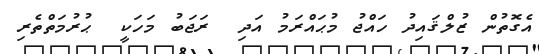
އެގޮތުން ޒުލްޤައިދު ހައްޖު މުޙައްރަމު އަދި  ރަޖަބު މަހަކީ  ޙުރުމަތްތެރި